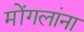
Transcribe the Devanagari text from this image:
मोंगलांना